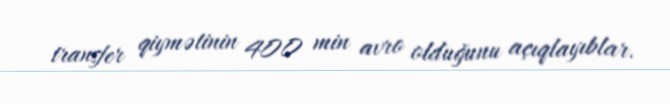
transfer qiymətinin 400 min avro olduğunu açıqlayıblar.